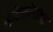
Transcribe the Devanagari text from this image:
दृष्टिकोनांचा